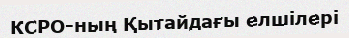
КСРО-ның Қытайдағы елшілері